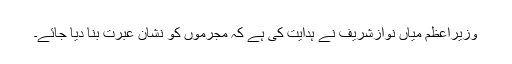
وزیراعظم میاں نوازشریف نے ہدایت کی ہے کہ مجرموں کو نشان عبرت بنا دیا جائے۔